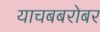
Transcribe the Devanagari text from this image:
याचबबरोबर